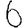
Digit: 6